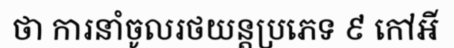
ថា ការនាំចូលរថយន្តប្រភេទ ៩ កៅអី